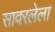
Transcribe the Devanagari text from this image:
सावरलेला